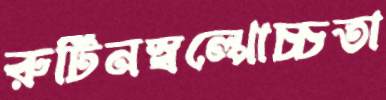
রুটিনস্বল্পোচ্চতা